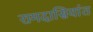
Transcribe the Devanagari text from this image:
रामदासियांत